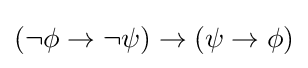
\left(\lnot \phi \to \lnot \psi \right)\to \left(\psi \to \phi \right)